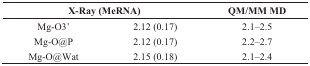
<table><thead><tr><td colspan="2"><b>X-Ray (MeRNA)</b></td><td><b>QM/MM MD</b></td></tr></thead><tbody><tr><td>Mg-O3’</td><td>2.12 (0.17)</td><td>2.1–2.5</td></tr><tr><td>Mg-O@P</td><td>2.12 (0.17)</td><td>2.2–2.7</td></tr><tr><td>Mg-O@Wat</td><td>2.15 (0.18)</td><td>2.1–2.4</td></tr></tbody></table>